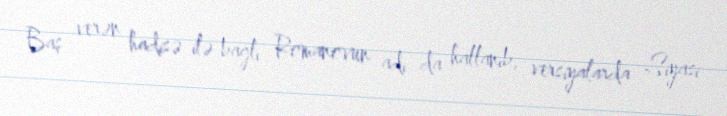
Baş verən hadisə ilə bağlı Romanovun adı da hallanıb, versiyalarda Siyasi